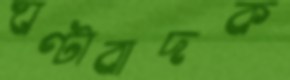
ঘণ্টাবাদক